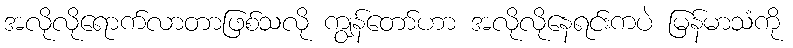
အလိုလိုရောက်လာတာဖြစ်သလို ကျွန်တော်ဟာ အလိုလိုနေရင်းကပဲ မြန်မာသံကို